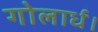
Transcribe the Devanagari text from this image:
गोलार्ध।